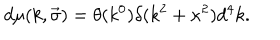
d \mu ( k , \vec { \sigma } ) = \theta ( k ^ { 0 } ) \delta ( k ^ { 2 } + \kappa ^ { 2 } ) d ^ { 4 } k .